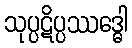
သုပ္ပဋိပ္ပဿဒ္ဓေါ